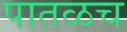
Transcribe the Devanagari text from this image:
पातळच